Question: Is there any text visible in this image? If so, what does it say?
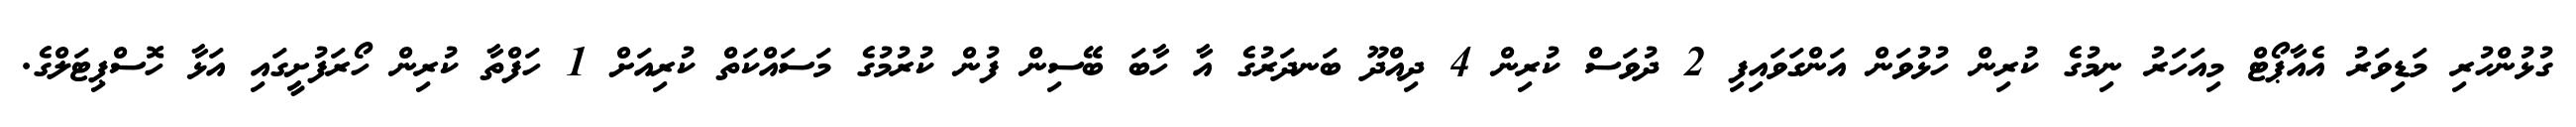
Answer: ގުޅުންހުރި މަޑިވަރު އެއާޕޯޓް މިއަހަރު ނިމުގެ ކުރިން ހުޅުވަން އަންގަވައިފި 2 ދުވަސް ކުރިން 4 ދިއްދޫ ބަނދަރުގެ އާ ހާބަ ބޭސިން ފުން ކުރުމުގެ މަސައްކަތް ކުރިއަށް 1 ހަފްތާ ކުރިން ހޯރަފުށީގައި އަޅާ ހޮސްޕިޓަލްގެ.